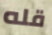
قله